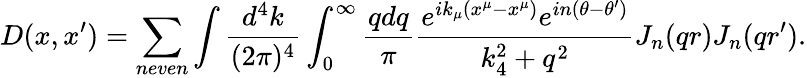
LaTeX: D(x,x^{\prime})=\sum_{neven}\int{\frac{d^{4}k}{(2\pi)^{4}}}\int_{0}^{\infty}{\frac{qdq}{\pi}}{\frac{e^{ik_{\mu}(x^{\mu}-x^{\mu})}e^{in(\theta-\theta^{\prime})}}{k_{4}^{2}+q^{2}}}J_{n}(qr)J_{n}(qr^{\prime}).